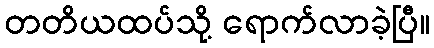
တတိယထပ်သို့ ရောက်လာခဲ့ပြီ။